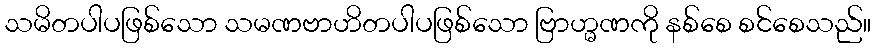
သမိတပါပဖြစ်သော သမဏဗာဟိတပါပဖြစ်သော ဗြာဟ္မဏကို နစ်စေ စင်စေသည်။